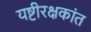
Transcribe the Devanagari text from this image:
यष्टीरक्षकांत